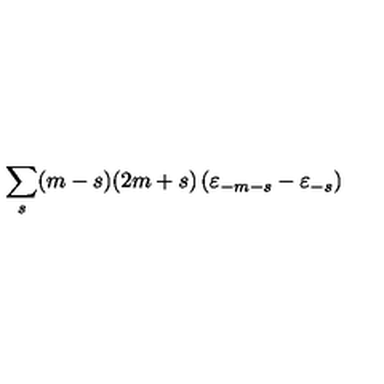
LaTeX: \sum _ { s } ( m - s ) ( 2 m + s ) \left( { \varepsilon } _ { - m - s } - { \varepsilon } _ { - s } \right)